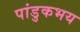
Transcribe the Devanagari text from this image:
पांडुकभय